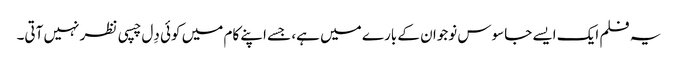
یہ فلم ایک ایسے جاسوس نوجوان کے بارے میں ہے، جسے اپنے کام میں کوئی دِل چسپی نظر نہیں آتی۔